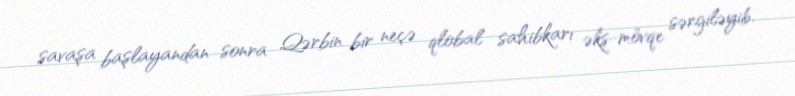
savaşa başlayandan sonra Qərbin bir neçə qlobal sahibkarı əks-mövqe sərgiləyib.